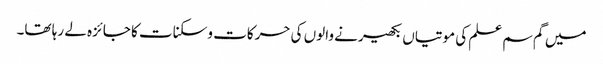
میں گم سم علم کی موتیاں بکھیرنے والوں کی حرکات وسکنات کا جائزہ لے رہا تھا۔